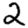
Digit: 2